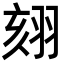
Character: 𦐤